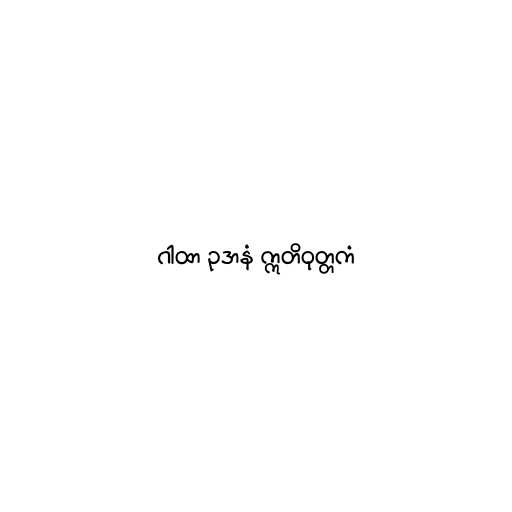
ဂါထာ ဥဒာနံ ဣတိဝုတ္တကံ